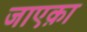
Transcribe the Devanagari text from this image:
जाएक़ा